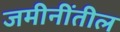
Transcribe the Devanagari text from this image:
जमीनींतील